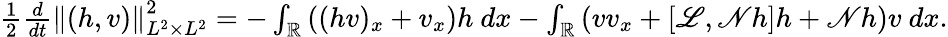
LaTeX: \begin{array}{r}{\frac{1}{2}\frac{d}{dt}\left\| (h,v)\right\| _{L^{2}\times L^{2}}^{2}=-\int_{\mathbb R}\left((hv)_{x}+v_{x}\right)h\ dx-\int_{\mathbb R}\left(vv_{x}+[\mathscr{L},\mathscr{N}h]h+\mathscr{N}h\right)v\ dx.}\end{array}